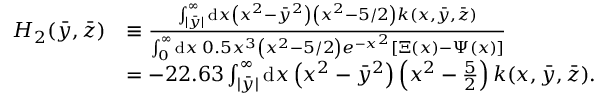
\begin{array} { r l } { H _ { 2 } ( \Bar { y } , \Bar { z } ) } & { \equiv \frac { \int _ { | \bar { y } | } ^ { \infty } \mathrm { d } x \left( x ^ { 2 } - \bar { y } ^ { 2 } \right) \left( x ^ { 2 } - 5 / 2 \right) k ( x , \bar { y } , \bar { z } ) } { \int _ { 0 } ^ { \infty } \mathrm { d } x \: 0 . 5 x ^ { 3 } \left( x ^ { 2 } - 5 / 2 \right) e ^ { - x ^ { 2 } } [ \Xi ( x ) - \Psi ( x ) ] } } \\ & { = - 2 2 . 6 3 \int _ { | \bar { y } | } ^ { \infty } \mathrm { d } x \left( x ^ { 2 } - \bar { y } ^ { 2 } \right) \left( x ^ { 2 } - \frac { 5 } { 2 } \right) k ( x , \bar { y } , \bar { z } ) . } \end{array}